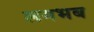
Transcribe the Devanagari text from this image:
लगभब